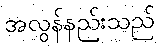
အလွန်နည်းသည်